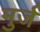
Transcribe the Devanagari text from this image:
मुर्ज